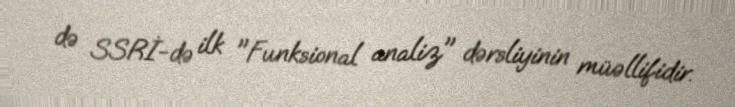
də SSRİ-də ilk "Funksional analiz" dərsliyinin müəllifidir.